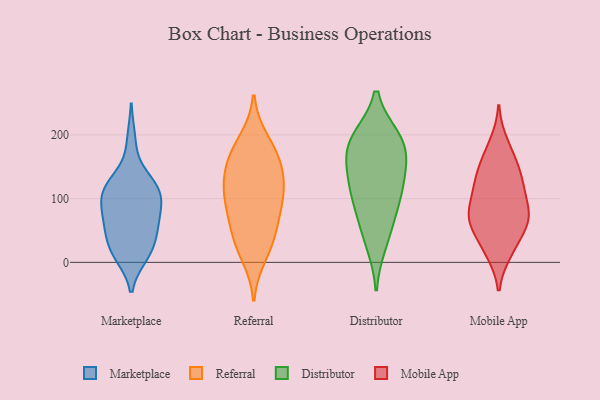
{"axis": {"x": "Bounce Rate (%)", "y": "Value"}, "legend": ["Distributor", "Marketplace", "Mobile App", "Referral"], "data": [{"x": "", "y": 14, "type": "Marketplace"}, {"x": "", "y": 113, "type": "Marketplace"}, {"x": "", "y": 20, "type": "Marketplace"}, {"x": "", "y": 113, "type": "Marketplace"}, {"x": "", "y": 48, "type": "Marketplace"}, {"x": "", "y": 107, "type": "Marketplace"}, {"x": "", "y": 11, "type": "Marketplace"}, {"x": "", "y": 135, "type": "Marketplace"}, {"x": "", "y": 49, "type": "Marketplace"}, {"x": "", "y": 78, "type": "Marketplace"}, {"x": "", "y": 64, "type": "Marketplace"}, {"x": "", "y": 120, "type": "Marketplace"}, {"x": "", "y": 94, "type": "Marketplace"}, {"x": "", "y": 83, "type": "Marketplace"}, {"x": "", "y": 115, "type": "Marketplace"}, {"x": "", "y": 18, "type": "Marketplace"}, {"x": "", "y": 192, "type": "Marketplace"}, {"x": "", "y": 58, "type": "Marketplace"}, {"x": "", "y": 68, "type": "Referral"}, {"x": "", "y": 58, "type": "Referral"}, {"x": "", "y": 161, "type": "Referral"}, {"x": "", "y": 35, "type": "Referral"}, {"x": "", "y": 100, "type": "Referral"}, {"x": "", "y": 152, "type": "Referral"}, {"x": "", "y": 133, "type": "Referral"}, {"x": "", "y": 10, "type": "Referral"}, {"x": "", "y": 97, "type": "Referral"}, {"x": "", "y": 108, "type": "Referral"}, {"x": "", "y": 192, "type": "Referral"}, {"x": "", "y": 108, "type": "Referral"}, {"x": "", "y": 150, "type": "Referral"}, {"x": "", "y": 30, "type": "Referral"}, {"x": "", "y": 181, "type": "Referral"}, {"x": "", "y": 161, "type": "Distributor"}, {"x": "", "y": 191, "type": "Distributor"}, {"x": "", "y": 126, "type": "Distributor"}, {"x": "", "y": 59, "type": "Distributor"}, {"x": "", "y": 30, "type": "Distributor"}, {"x": "", "y": 171, "type": "Distributor"}, {"x": "", "y": 194, "type": "Distributor"}, {"x": "", "y": 128, "type": "Distributor"}, {"x": "", "y": 89, "type": "Distributor"}, {"x": "", "y": 193, "type": "Distributor"}, {"x": "", "y": 106, "type": "Distributor"}, {"x": "", "y": 87, "type": "Mobile App"}, {"x": "", "y": 68, "type": "Mobile App"}, {"x": "", "y": 129, "type": "Mobile App"}, {"x": "", "y": 121, "type": "Mobile App"}, {"x": "", "y": 110, "type": "Mobile App"}, {"x": "", "y": 15, "type": "Mobile App"}, {"x": "", "y": 65, "type": "Mobile App"}, {"x": "", "y": 188, "type": "Mobile App"}, {"x": "", "y": 78, "type": "Mobile App"}, {"x": "", "y": 161, "type": "Mobile App"}, {"x": "", "y": 18, "type": "Mobile App"}, {"x": "", "y": 63, "type": "Mobile App"}, {"x": "", "y": 70, "type": "Mobile App"}, {"x": "", "y": 157, "type": "Mobile App"}, {"x": "", "y": 42, "type": "Mobile App"}, {"x": "", "y": 129, "type": "Mobile App"}]}